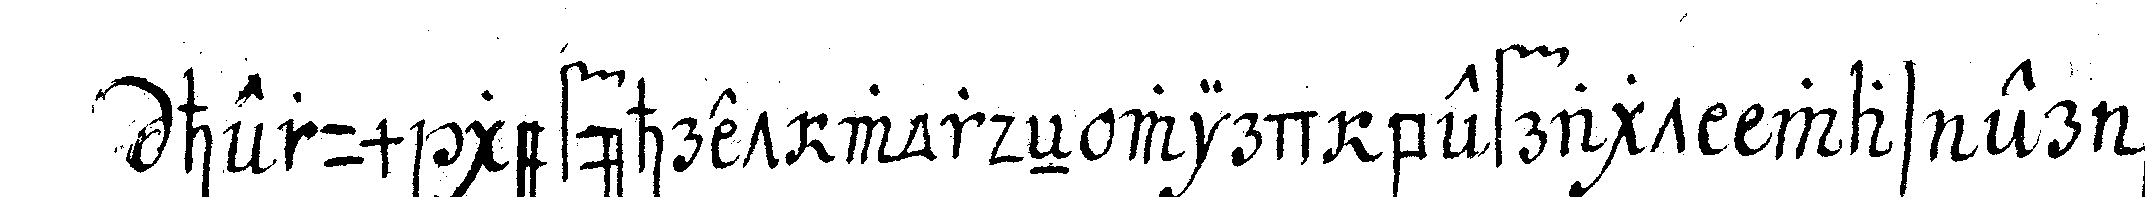
herum geführet wordeN wird befragt was er be